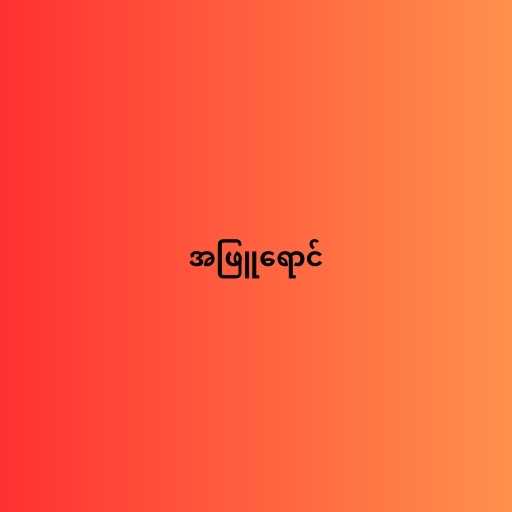
အဖြူရောင်